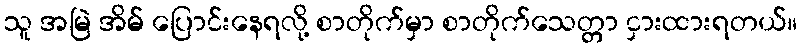
သူ အမြဲ အိမ် ပြောင်းနေရလို့ စာတိုက်မှာ စာတိုက်သေတ္တာ ငှားထားရတယ်။